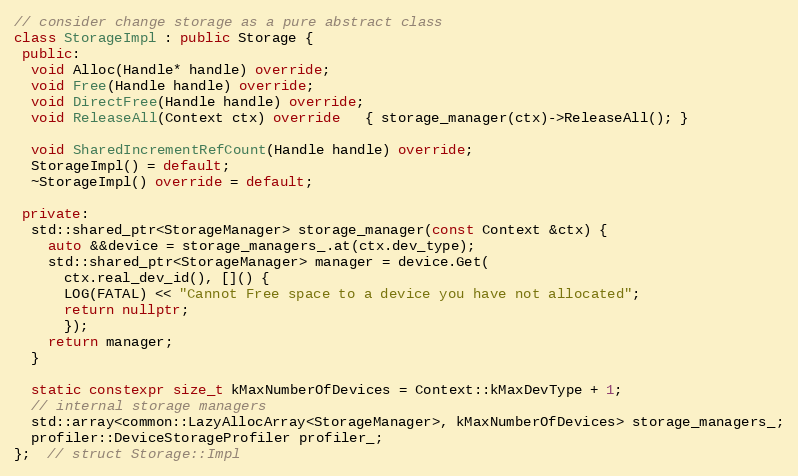
Language: C++
// consider change storage as a pure abstract class
class StorageImpl : public Storage {
 public:
  void Alloc(Handle* handle) override;
  void Free(Handle handle) override;
  void DirectFree(Handle handle) override;
  void ReleaseAll(Context ctx) override   { storage_manager(ctx)->ReleaseAll(); }

  void SharedIncrementRefCount(Handle handle) override;
  StorageImpl() = default;
  ~StorageImpl() override = default;

 private:
  std::shared_ptr<StorageManager> storage_manager(const Context &ctx) {
    auto &&device = storage_managers_.at(ctx.dev_type);
    std::shared_ptr<StorageManager> manager = device.Get(
      ctx.real_dev_id(), []() {
      LOG(FATAL) << "Cannot Free space to a device you have not allocated";
      return nullptr;
      });
    return manager;
  }

  static constexpr size_t kMaxNumberOfDevices = Context::kMaxDevType + 1;
  // internal storage managers
  std::array<common::LazyAllocArray<StorageManager>, kMaxNumberOfDevices> storage_managers_;
  profiler::DeviceStorageProfiler profiler_;
};  // struct Storage::Impl